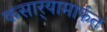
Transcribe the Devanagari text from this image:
कसार्‍यामार्फत